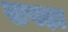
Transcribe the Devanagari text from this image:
सपढ़ा